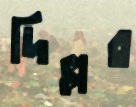
দিল্লর